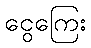
ငွေကြေး